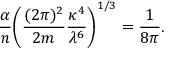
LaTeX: { \frac { \alpha } { n } } \bigg ( { \frac { ( 2 \pi ) ^ { 2 } } { 2 m } } { \frac { \kappa ^ { 4 } } { \lambda ^ { 6 } } } \bigg ) ^ { 1 / 3 } = { \frac { 1 } { 8 \pi } } .